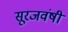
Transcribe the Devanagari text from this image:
सूरजवंषी